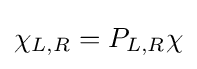
\chi _{L,R}=P_{L,R}\chi